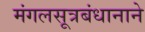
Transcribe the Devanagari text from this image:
मंगलसूत्रबंधानाने